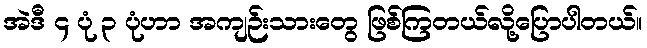
အဲဒီ ၄ ပုံ ၃ ပုံဟာ အကျဉ်းသားတွေ ဖြစ်ကြတယ်လို့ပြောပါတယ်။